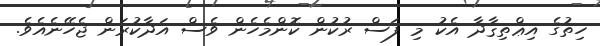
ހިތުގެ އިޢްތިޤާދާ އެކު މި ފަސް ރުކުން ކޮންމެހެން ވެސް އަދާކުރަން ޖެހޭނެއެވެ.